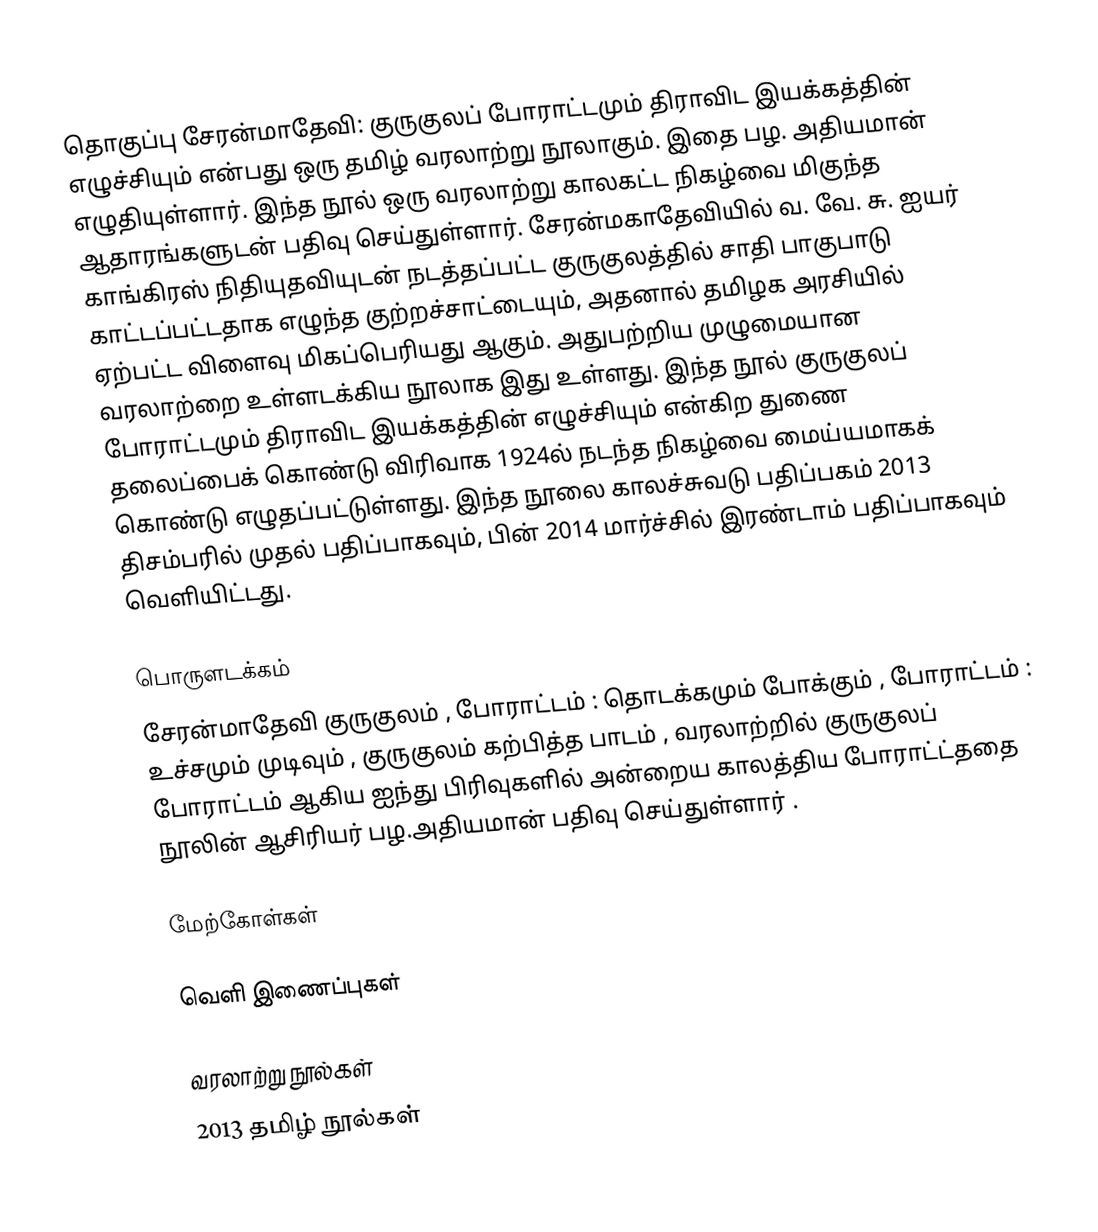
தொகுப்பு சேரன்மாதேவி: குருகுலப் போராட்டமும் திராவிட இயக்கத்தின் எழுச்சியும் என்பது ஒரு தமிழ் வரலாற்று நூலாகும். இதை பழ. அதியமான் எழுதியுள்ளார். இந்த நூல் ஒரு வரலாற்று காலகட்ட நிகழ்வை மிகுந்த ஆதாரங்களுடன் பதிவு செய்துள்ளார். சேரன்மகாதேவியில் வ. வே. சு. ஐயர் காங்கிரஸ் நிதியுதவியுடன் நடத்தப்பட்ட குருகுலத்தில் சாதி பாகுபாடு காட்டப்பட்டதாக எழுந்த குற்றச்சாட்டையும், அதனால் தமிழக அரசியில் ஏற்பட்ட  விளைவு மிகப்பெரியது ஆகும். அதுபற்றிய முழுமையான வரலாற்றை உள்ளடக்கிய நூலாக இது உள்ளது. இந்த நூல்  குருகுலப் போராட்டமும் திராவிட இயக்கத்தின் எழுச்சியும்  என்கிற துணை தலைப்பைக் கொண்டு விரிவாக 1924ல் நடந்த நிகழ்வை மைய்யமாகக்  கொண்டு எழுதப்பட்டுள்ளது. இந்த நூலை காலச்சுவடு பதிப்பகம் 2013 திசம்பரில் முதல் பதிப்பாகவும், பின் 2014 மார்ச்சில் இரண்டாம் பதிப்பாகவும் வெளியிட்டது.

பொருளடக்கம்
சேரன்மாதேவி குருகுலம் , போராட்டம் : தொடக்கமும் போக்கும் , போராட்டம் : உச்சமும் முடிவும் , குருகுலம் கற்பித்த பாடம் , வரலாற்றில் குருகுலப் போராட்டம் ஆகிய ஐந்து பிரிவுகளில் அன்றைய காலத்திய போராட்ட்ததை நூலின் ஆசிரியர் பழ.அதியமான்  பதிவு செய்துள்ளார் .

மேற்கோள்கள்

வெளி இணைப்புகள்

வரலாற்று நூல்கள்
2013 தமிழ் நூல்கள்